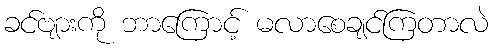
ခင်ဗျားကို ဘာကြောင့် မလာစေချင်ကြတာလဲ